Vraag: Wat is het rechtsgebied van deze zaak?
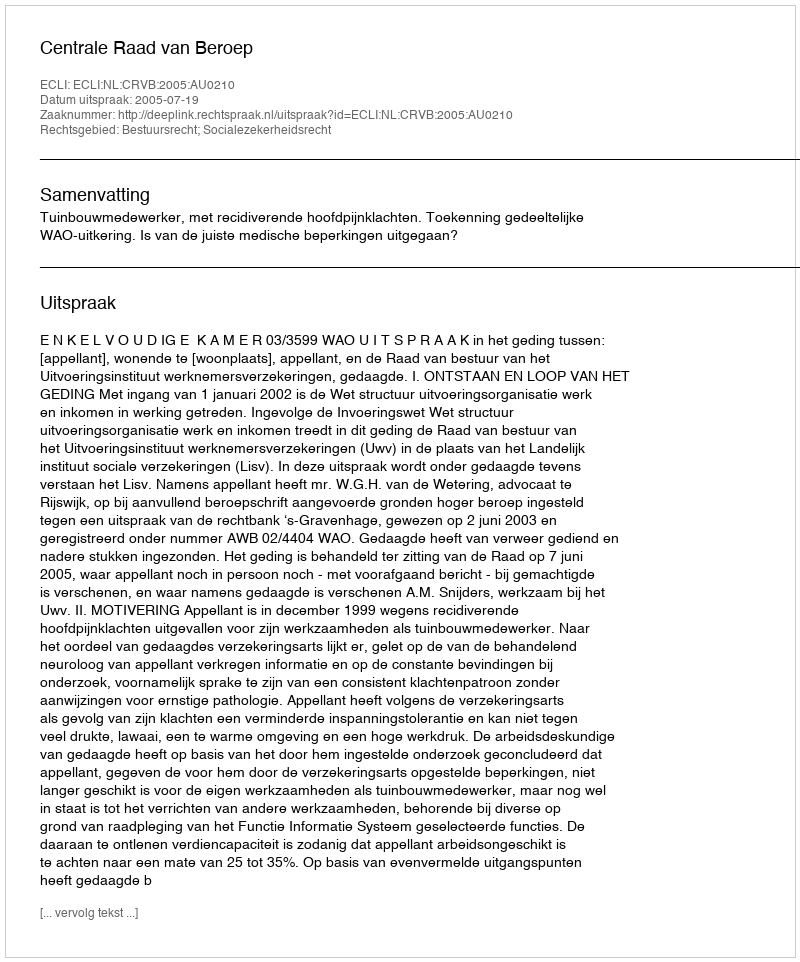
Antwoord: Bestuursrecht; Socialezekerheidsrecht